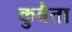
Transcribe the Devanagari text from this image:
कुबैता